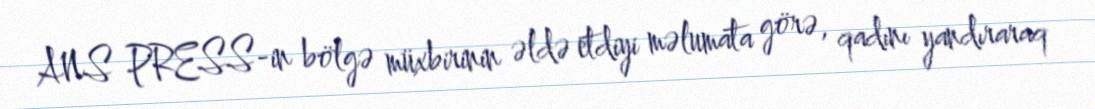
ANS PRESS-in bölgə müxbirinin əldə etdiyi məlumata görə, qadını yandıraraq